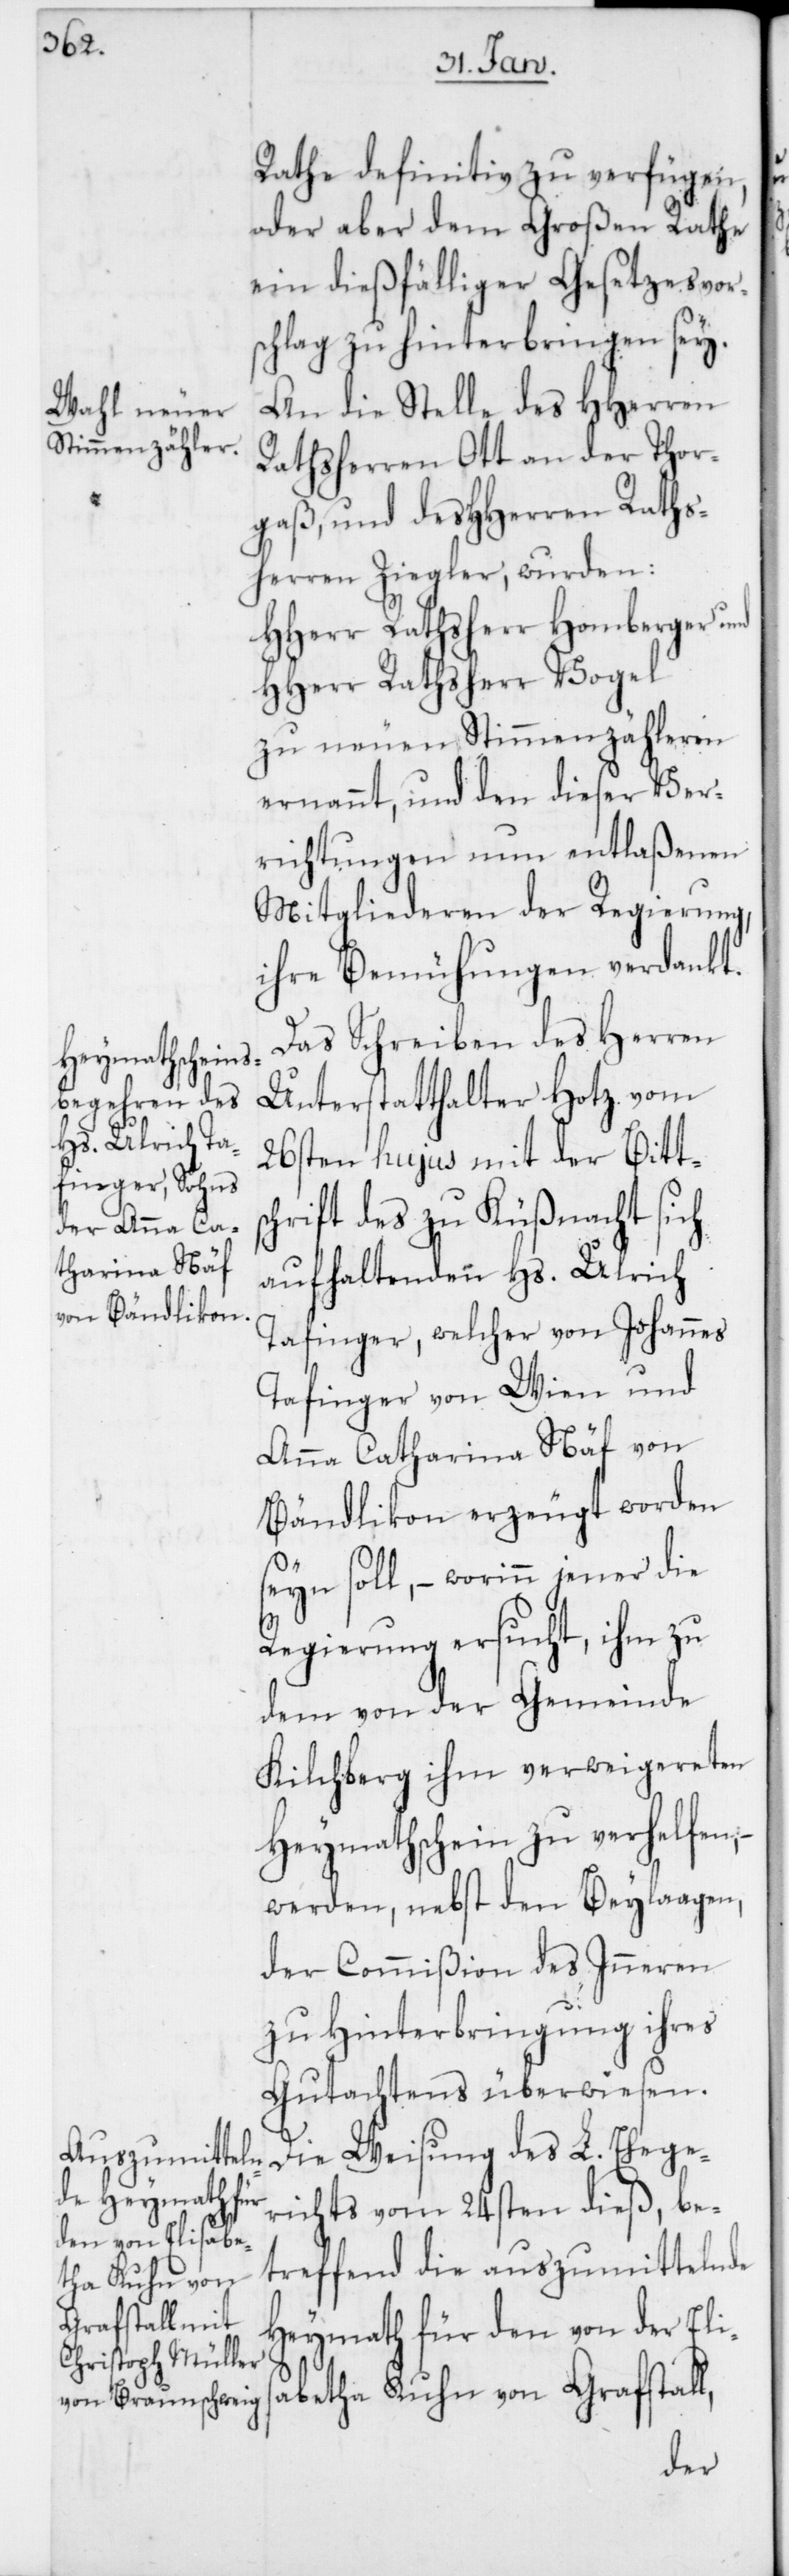
Rathe definitiv zu verfügen,
oder aber dem Großen Rathe
ein dießfälliger Gesetzesvor¬
schlag zu hinterbringen sey.
An die Stelle des HHerren
Rathsherren Ott an der Thor¬
gaß, und des HHerren Raths¬
herren Ziegler, wurden:
HHerr Rathsherr Homberger und
Hherr Rathsherr Vogel
zu neuen Stimmenzähleren
ernannt, und den dieser Ver¬
richtungen nun entlaßenen
Mitgliederen der Regierung,
ihre Bemühungen verdankt.
Das Schreiben des Herren
Unterstatthalter Hotz vom
26sten hujus mit der Bitts¬
chrift des zu Küßnacht sich
aufhaltenden Hs. Ulrich
Tafinger, welcher von Johannes
Tafinger von Wien und
Anna Catharina Näf von
Bändlikon erzeugt worden
seyn soll, – worinn jener die
Regierung ersucht, ihm zu
dem von der Gemeinde
Kilchberg ihm verweigereten
Heymathschein zu verhelfen,
werden, nebst den Beylaagen,
der Commißion des Inneren
zu Hinterbringung ihres
Gutachtens überwiesen.
Die Weisung des L. Ehege¬
richts vom 24sten dieß, be¬
treffend die auszumittelnde
Heymath für den von der Elis¬
abetha Kuhn von Grafstall,